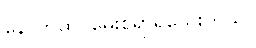
နောက်ထပ်မေးစရာရှိသေးတယ်။